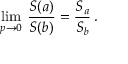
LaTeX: \operatorname * { l i m } _ { p \to 0 } \: \frac { S ( a ) } { S ( b ) } = \frac { S _ { a } } { S _ { b } } \, .